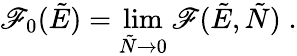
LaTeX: \mathscr{F}_{0}(\tilde{{E}})=\operatorname*{lim}_{\tilde{{N}}\to0}\mathscr{F}(\tilde{{E}},\tilde{{N}})\; .